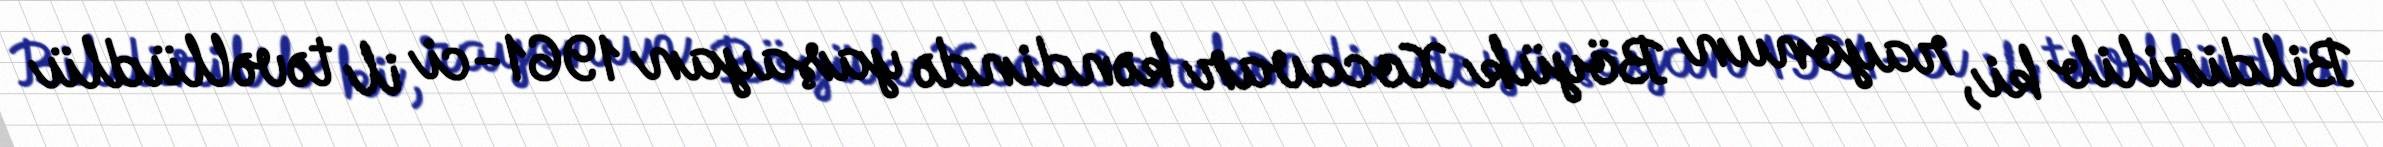
Bildirilib ki, rayonun Böyük Xocavar kəndində yaşayan 1961-ci il təvəllüdlü